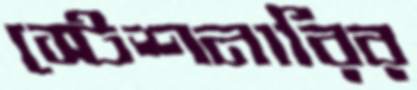
স্টেশনারির